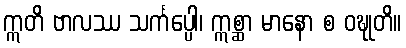
ဣတိ ဗာလဿ သင်္ကပ္ပေါ၊ ဣစ္ဆာ မာနော စ ဝဍ္ဎုတိ။